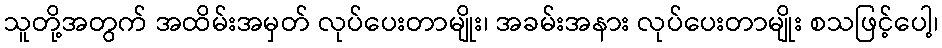
သူတို့အတွက် အထိမ်းအမှတ် လုပ်ပေးတာမျိုး၊ အခမ်းအနား လုပ်ပေးတာမျိုး စသဖြင့်ပေါ့၊